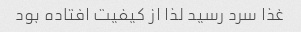
غذا سرد رسید لذا از کیفیت افتاده بود